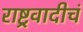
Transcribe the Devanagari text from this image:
राष्ट्रवादीचं